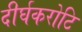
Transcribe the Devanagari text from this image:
दीर्घकरोटि